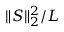
\| S \| _ { 2 } ^ { 2 } / L